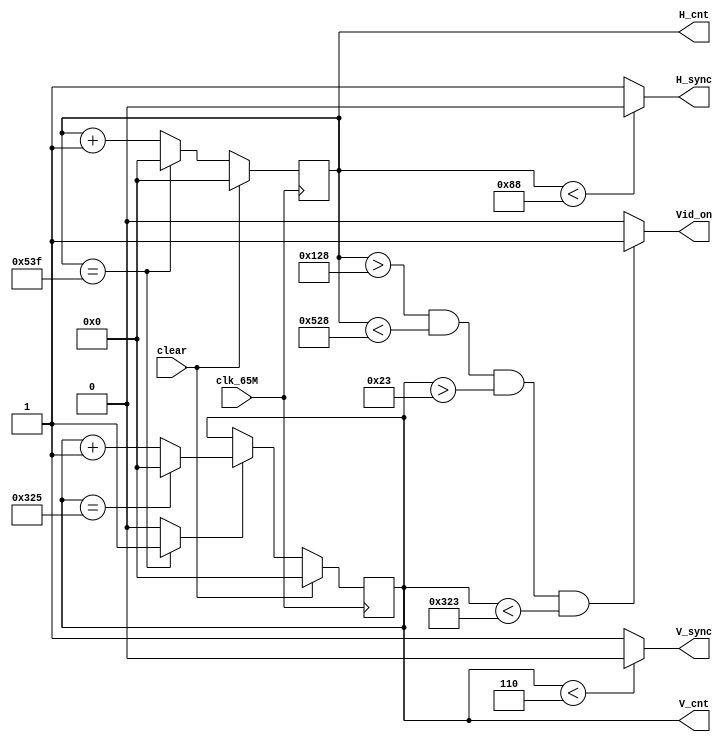
`timescale 1ns / 1ps
//////////////////////////////////////////////////////////////////////////////////
// Company: 
// Engineer: 
// 
// Design Name: 
// Module Name: vga_ctrl
// Project Name: 
// Target Devices: 
// Tool Versions: 
// Description: 
// 
// Dependencies: 
// 
// Revision:
// Revision 0.01 - File Created
// Additional Comments:
// 
//////////////////////////////////////////////////////////////////////////////////


module vga_ctrl(
    input clk_65M,
    input clear,
    output reg V_sync,
    output reg H_sync,
    output [16:0] H_cnt,
    output [16:0] V_cnt,
    output reg Vid_on
    );
    
    parameter HPIXELS =1344;
    parameter VLINES=806;
    parameter HBP=296;
    parameter HFP=1320;
    parameter VBP=35;
    parameter VFP=803;
    parameter HSP=136;
    parameter VSP=6;
    
    reg [16:0] H_count_reg, H_count_next;
    reg [16:0]V_count_reg, V_count_next;
    always @(posedge clk_65M)
    begin
    if(clear==1'b1)
    begin
            H_count_reg<= 17'd0;
            V_count_reg<=17'd0;
    end
    else
    begin
            H_count_reg<=H_count_next;
            V_count_reg<=V_count_next;
    end
    end
    
    always @(*)
    begin
        H_count_next=H_count_reg;
        if(H_count_reg==HPIXELS-1)
            H_count_next=17'd0;
        else 
            H_count_next=H_count_reg+1;
    end
    
    assign H_cnt = H_count_reg;
    
    always @(*)
    begin
      if( H_count_reg <HSP)
        H_sync=1'b0;
      else
        H_sync=1'b1; //reason
   end
    
    
    reg V_count_en;
    always @(*)
    begin
    if (H_count_reg==HPIXELS-1)
    V_count_en=1'b1;
    else 
    V_count_en=1'b0;
    end
    
   
    always @(*)
    begin
    V_count_next=V_count_reg;
    if (V_count_en)
    begin
        if(V_count_reg==VLINES-1)
        V_count_next=17'd0;
        else 
        V_count_next=V_count_reg+1;
        end
//    else 
//    begin
//    V_count_next=V_count_reg;
//    end
    end
    assign V_cnt=V_count_reg;
    
    always @(*)
    begin
        if( V_count_reg <VSP)
        V_sync=1'b0;
        else
        V_sync=1'b1; //reason
    end
        
   always @(*)
   begin
       if((H_count_reg>HBP) && (H_count_reg<HFP) && (V_count_reg>VBP) && (V_count_reg<VFP))
       Vid_on=1'b1;
       else
       Vid_on=1'b0;
   end
    
    
    
    
endmodule